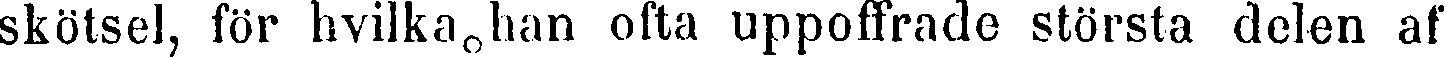
kötsel, för hvilka han ofta uppoffrade största delen a